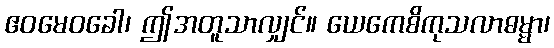
ဧဝမေဝခေါ၊ ဤအတူသာလျှင်။ ယေကေစိကုသလာဓမ္မာ၊